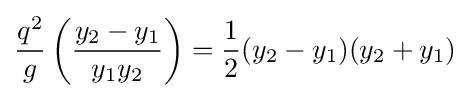
{\frac {q^{2}}{g}}\left({\frac {y_{2}-y_{1}}{y_{1}y_{2}}}\right)={\frac {1}{2}}(y_{2}-y_{1})(y_{2}+y_{1})